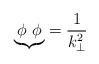
\begin{align*}{\underbrace{\phi~\phi}} = \frac{1}{k_\bot^2}\end{align*}